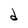
Character: d